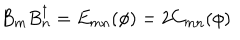
B _ { m } B _ { n } ^ { \dagger } = E _ { m n } ( \phi ) = 2 C _ { m n } ( \phi )